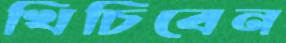
খিঁচিবেন